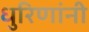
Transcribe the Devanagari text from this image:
धुरिणांनी